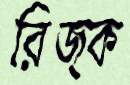
রিজ্ক